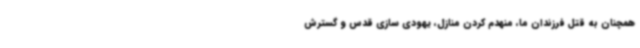
همچنان به قتل فرزندان ما، منهدم کردن منازل، یهودی سازی قدس و گسترش